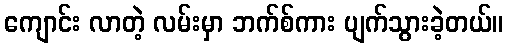
ကျောင်း လာတဲ့ လမ်းမှာ ဘက်စ်ကား ပျက်သွားခဲ့တယ်။